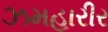
ઝમહારીર